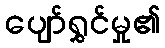
ပျော်ရွှင်မှု၏